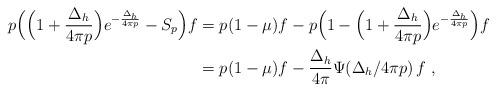
LaTeX: \begin{align*}p\Big(\Big(1+\frac{\Delta_h}{4\pi p}\Big)e^{-\frac{\Delta_h}{4\pi p}}-S_p\Big)f&=p(1-\mu)f-p\Big(1-\Big(1+\frac{\Delta_h}{4\pi p}\Big)e^{-\frac{\Delta_h}{4\pi p}}\Big)f\\&=p(1-\mu)f-\frac{\Delta_h}{4\pi}\Psi(\Delta_h/4\pi p)\,f\;,\end{align*}